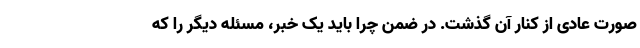
صورت عادی از کنار آن گذشت. در ضمن چرا باید یک خبر، مسئله دیگر را که